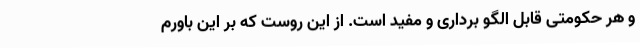
و هر حکومتی قابل الگو برداری و مفید است. از این روست که بر این باورم